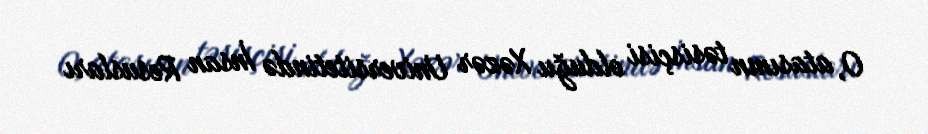
O, atasının təsisçisi olduğu Xəzər Universitetində İnsan Resusları